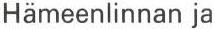
Hämeenlinnan ja